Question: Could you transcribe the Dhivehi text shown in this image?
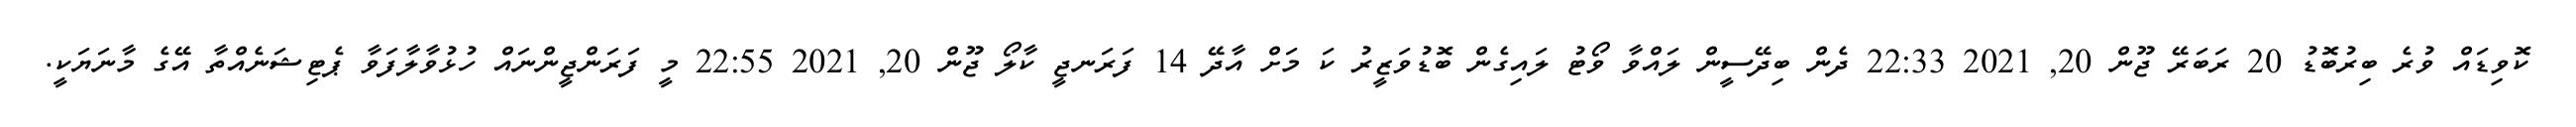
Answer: ކޮވިޑައް ވުރެ ބިރުބޮޑު 20 ރަބަރޭ ޖޫން 20, 2021 22:33 ދެން ބިދޭސީން ލައްވާ ވޯޓު ލައިގެން ބޮޑުވަޒީރު ކަ މަށް އާދޭ 14 ފަރަނޖީ ކާލޯ ޖޫން 20, 2021 22:55 މީ ފަރަންޖީންނައް ހުޅުވާލާފަވާ ޕެޓިޝަނެއްތާ އޭގެ މާނަޔަކީ.